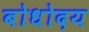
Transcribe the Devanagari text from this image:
बोधोदय